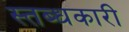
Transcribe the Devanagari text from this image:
स्तब्धकारी